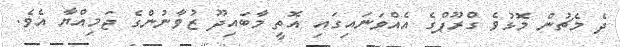
ދެ މެޗުން މޮޅުވެ ގްރޫޕްގެ އެއްވަނައިގައި އޮތީ މާބައިދޫ ޒުވާނުންގެ ޖަމިއްޔާ އެވެ.